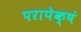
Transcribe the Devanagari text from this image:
परापेक्षं